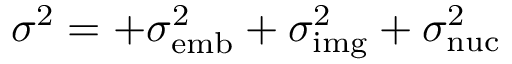
\sigma ^ { 2 } = + \sigma _ { \mathrm { e m b } } ^ { 2 } + \sigma _ { \mathrm { i m g } } ^ { 2 } + \sigma _ { \mathrm { n u c } } ^ { 2 }